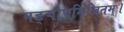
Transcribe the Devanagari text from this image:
गङ्गौघमिलितम्।